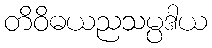
တိဝိဓယညသမ္ပဒါယ